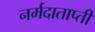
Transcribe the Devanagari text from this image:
नर्मदाताप्ती